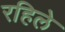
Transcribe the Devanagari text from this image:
रहिले